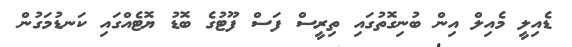
ޑެއިލީ މެއިލް އިން ބުނިގޮތުގައި ތިރީސް ފަސް ފޫޓުގެ ބޮޑު ޔޮޓެއްގައި ކަނޑުމަގުން